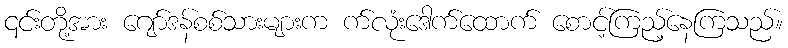
၎င်းတို့အား ဂျော်ဒန်စစ်သားများက က်လုံးဒေါက်ထောက် စောင့်ကြည့်နေကြသည်။